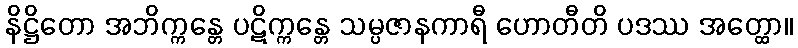
နိဋ္ဌိတော အဘိက္ကန္တေ ပဋိက္ကန္တေ သမ္ပဇာနကာရီ ဟောတီတိ ပဒဿ အတ္ထော။